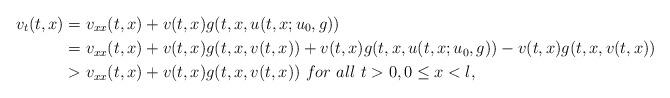
LaTeX: \begin{align*}v_{t}(t,x)&=v_{xx}(t,x)+v(t,x)g(t,x, u(t,x;u_0,g))\\& =v_{xx}(t,x)+v(t,x)g(t, x,v(t,x))+v(t,x)g(t, x,u(t,x;u_0,g))-v(t,x)g(t,x,v(t,x))\\&> v_{xx} (t,x)+ v(t,x)g(t, x,v(t,x))\ for \ all \ t>0,0\le x<l,\end{align*}